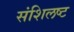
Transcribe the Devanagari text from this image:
संशिलष्ट